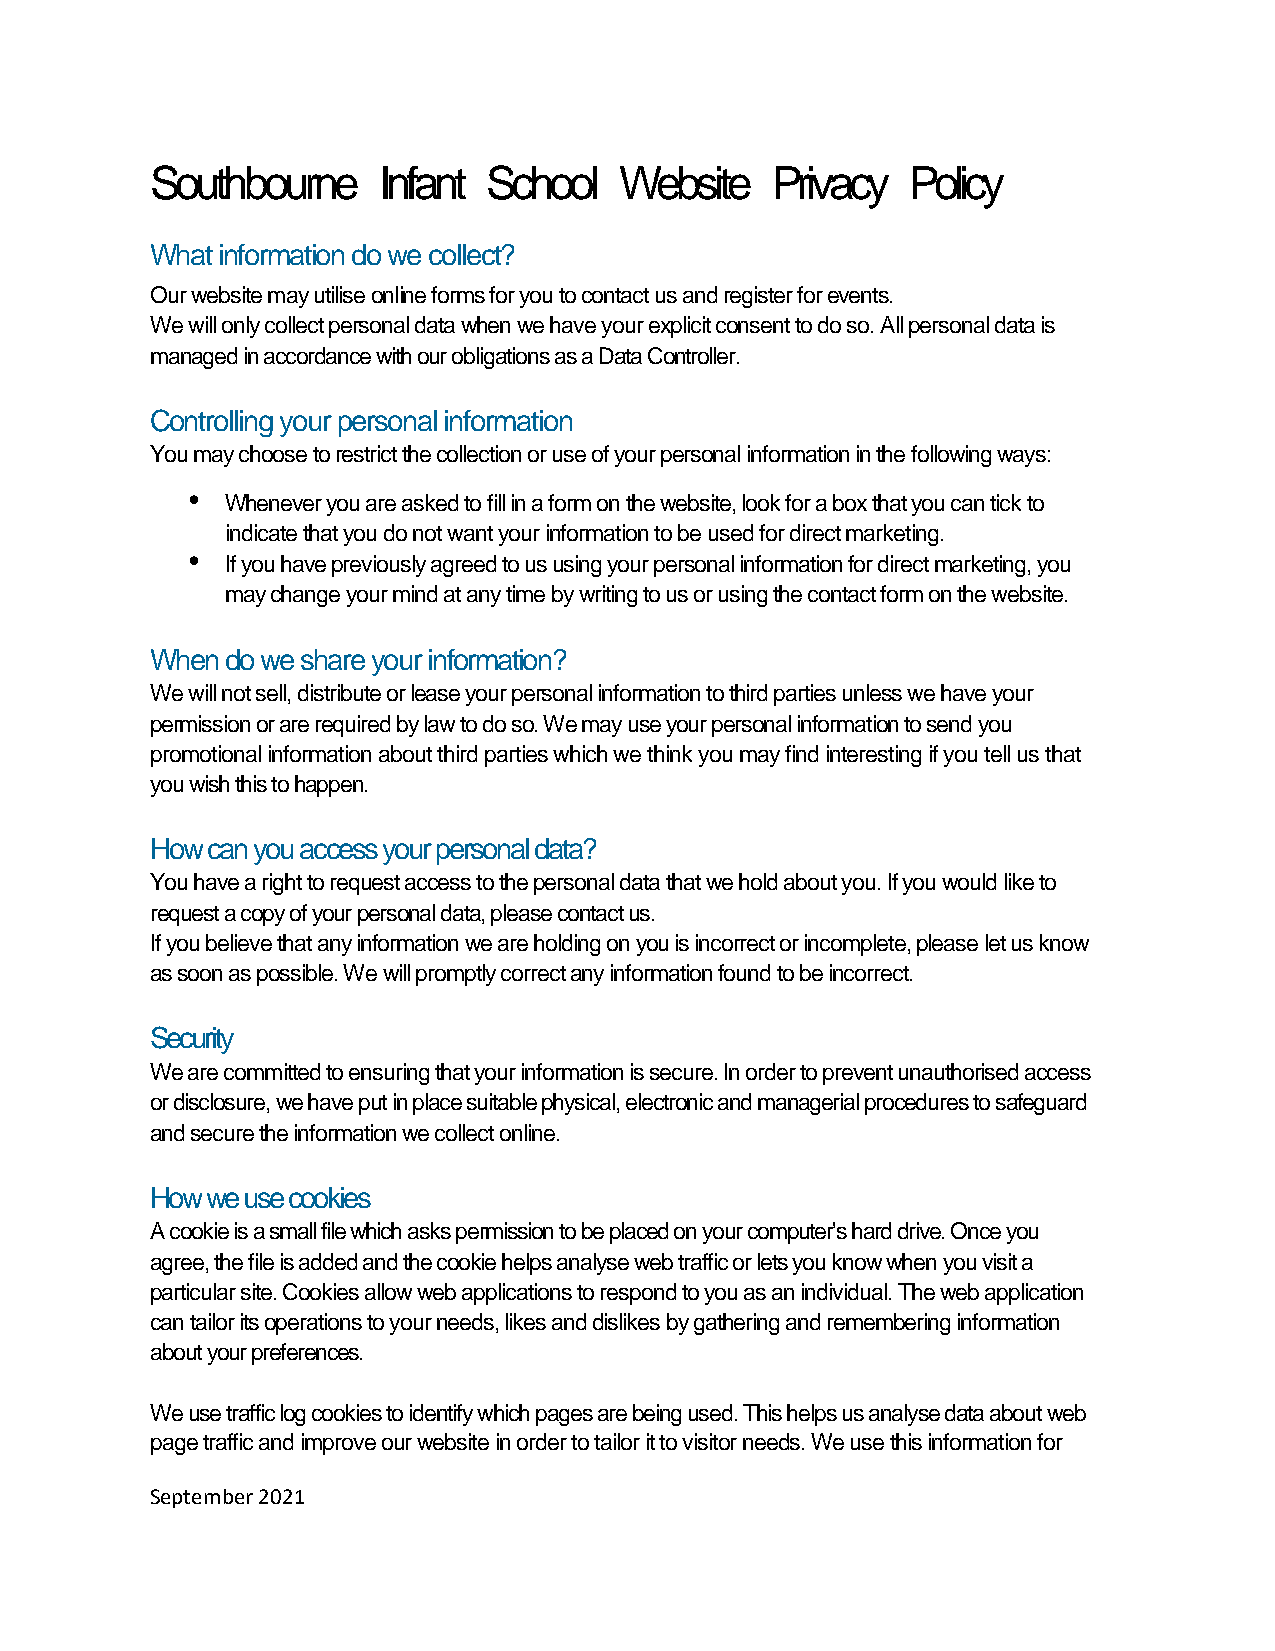
Southbourne    Infant School   Website   Privacy  Policy
 What information do we collect?
 Our website may utilise online forms for you to contact us and register for events.
 We will only collect personal data when we have your explicit consent to do so. All personal data is
 managed in accordance with our obligations as a Data Controller.
 Controlling your personal information
 You may choose to restrict the collection or use of your personal information in the following ways:
 •
 Whenever you are asked to fill in a form on the website, look for a box that you can tick to
 indicate that you do not want your information to be used for direct marketing.
 •
 If you have previously agreed to us using your personal information for direct marketing, you
 may change your mind at any time by writing to us or using the contact form on the website.
 When do we share your information?
 We will not sell, distribute or lease your personal information to third parties unless we have your
 permission or are required by law to do so. We may use your personal information to send you
 promotional information about third parties which we think you may find interesting if you tell us that
 you wish this to happen.
 How can you access your personal data?
 You have a right to request access to the personal data that we hold about you. If you would like to
 request a copy of your personal data, please contact us.
 If you believe that any information we are holding on you is incorrect or incomplete, please let us know
 as soon as possible. We will promptly correct any information found to be incorrect.
 Security
 We are committed to ensuring that your information is secure. In order to prevent unauthorised access
 or disclosure, we have put in place suitable physical, electronic and managerial procedures to safeguard
 and secure the information we collect online.
 How we use cookies
 A cookie is a small file which asks permission to be placed on your computer's hard drive. Once you
 agree, the file is added and the cookie helps analyse web traffic or lets you know when you visit a
 particular site. Cookies allow web applications to respond to you as an individual. The web application
 can tailor its operations to your needs, likes and dislikes by gathering and remembering information
 about your preferences.
 We use traffic log cookies to identify which pages are being used. This helps us analyse data about web
 page traffic and improve our website in order to tailor it to visitor needs. We use this information for
 September 2021